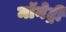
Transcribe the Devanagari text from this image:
मॉनेट्री